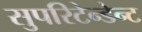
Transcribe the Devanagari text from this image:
सुपरिटेन्डेन्ट